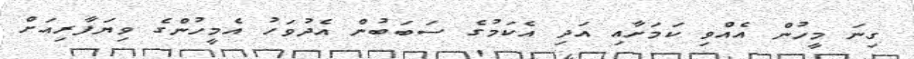
ގިނަ މީހުން އެއްވި ކަމަށާއި އަދި އެކަމުގެ ސަބަބުން އެދުވަހު އެމީހުންގެ ވިޔަފާރިއަށް